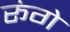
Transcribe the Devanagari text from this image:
रूंगे